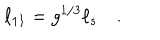
\ell _ { 1 1 } = g ^ { 1 / 3 } \ell _ { s } \quad .